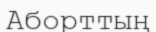
Аборттың